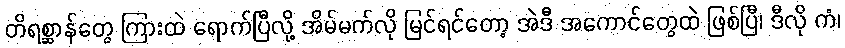
တိရစ္ဆာန်တွေ ကြားထဲ ရောက်ပြီလို့ အိမ်မက်လို မြင်ရင်တော့ အဲဒီ အကောင်တွေထဲ ဖြစ်ပြီ၊ ဒီလို ကံ၊